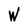
Character: W